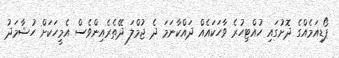
ޕޯޑިއަމެއްގެ ދޮށުގައި ހުއްޓިހުރެ ވާހަކައެއް ދައްކާނަމަ ދެ ޖުމްލަ ދޭތެރެއިންވެސް އެމީހަކަށް ހުޝާމަދު